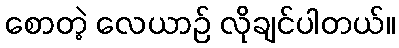
စောတဲ့ လေယာဉ် လိုချင်ပါတယ်။